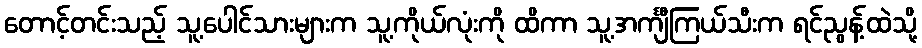
တောင့်တင်းသည့် သူ့ပေါင်သားများက သူ့ကိုယ်လုံးကို ထိကာ သူ့အင်္ကျီကြယ်သီးက ရင်ညွန့်ထဲသို့